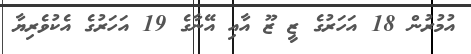
އުމުރުން 18 އަހަރުގެ ޒީ ޒޫ އާއި އޭނާގެ 19 އަހަރުގެ އެކުވެރިޔާ